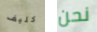
كليف نحن